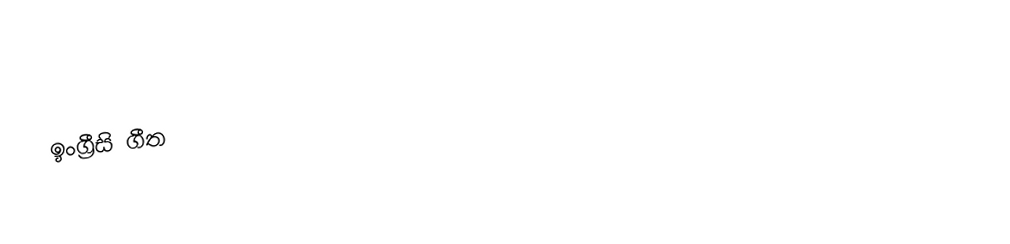
ඉංග්‍රීසි ගීත